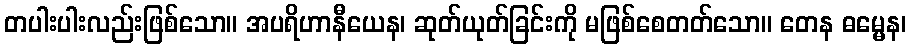
တပါးပါးလည်းဖြစ်သော။ အပရိဟာနီယေန၊ ဆုတ်ယုတ်ခြင်းကို မဖြစ်စေတတ်သော။ တေန ဓမ္မေန၊